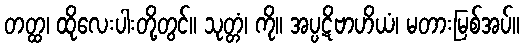
တတ္ထ၊ ထိုလေးပါးတို့တွင်။ သုတ္တံ၊ ကို။ အပ္ပဋိဗာဟိယံ၊ မတားမြစ်အပ်။